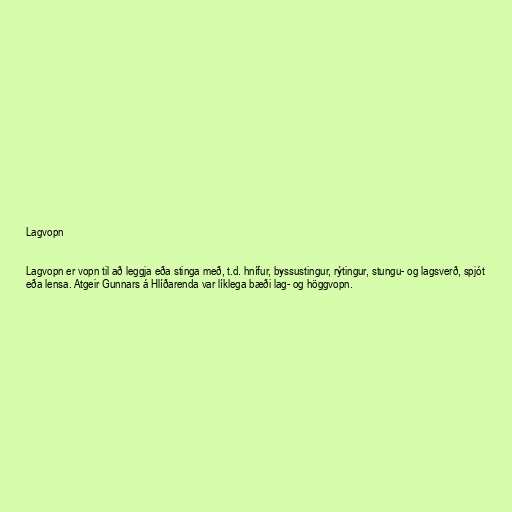
Lagvopn

Lagvopn er vopn til að leggja eða stinga með, t.d. hnífur, byssustingur, rýtingur, stungu- og lagsverð, spjót
eða lensa. Atgeir Gunnars á Hlíðarenda var líklega bæði lag- og höggvopn.